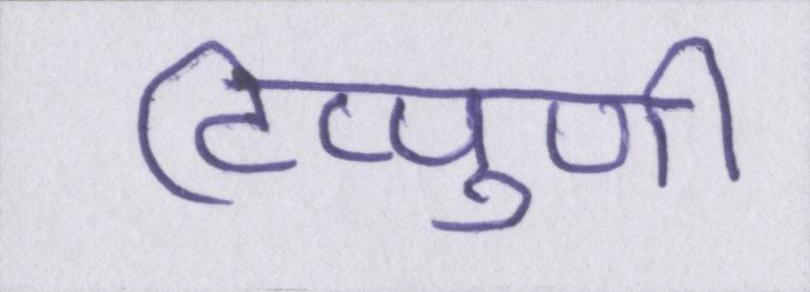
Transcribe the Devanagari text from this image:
टिप्पुणी